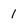
Character: 1